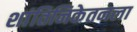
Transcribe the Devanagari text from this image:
शांतिनिकेतनला